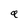
Character: Q